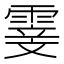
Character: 𮦢